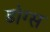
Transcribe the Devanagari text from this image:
डोग्स